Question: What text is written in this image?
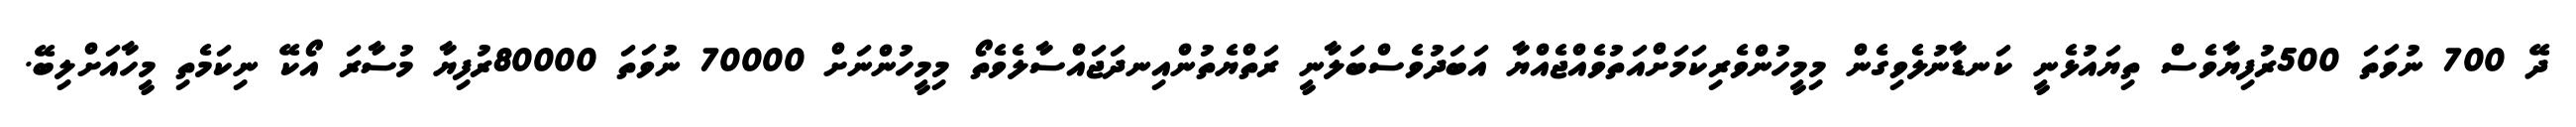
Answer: ދޭ 700 ނުވަތަ 500ރުފިޔާވެސް ތިޔައުޅެނީ ކަނޑާނުލެވިގެން މިމީހުންވެރިކަމަށްއަތުވެއްޖެއްޔާ އަބަދުވެސްބަލާނީ ރަތްޔެތުންއިނދަޖައްސާލެވެތޯ މިމީހުންނަށް 70000 ނުވަތަ 80000ރުފިޔާ މުސާރަ އޯކޭ ނިކަމެތި މީހާއަށްލިބޭ.